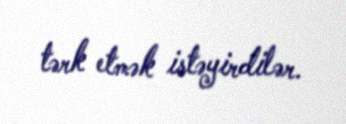
tərk etmək istəyirdilər.